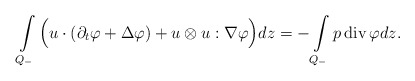
\begin{align*} \int\limits_{Q_-}\Big(u\cdot(\partial_t\varphi+\Delta \varphi)+u\otimes u:\nabla\varphi\Big)dz=-\int\limits_{Q_-}p\,{\rm div}\,\varphi dz. \end{align*}